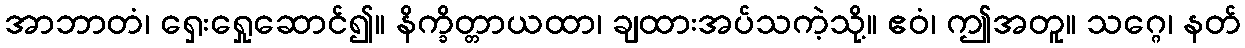
အာဘာတံ၊ ရှေးရှေုဆောင်၍။ နိက္ခိတ္တာယထာ၊ ချထားအပ်သကဲ့သို့။ ဧဝံ၊ ဤအတူ။ သဂ္ဂေ၊ နတ်